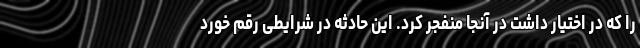
را که در اختیار داشت در آنجا منفجر کرد. این حادثه در شرایطی رقم خورد